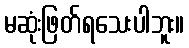
မဆုံးဖြတ်ရသေးပါဘူး။